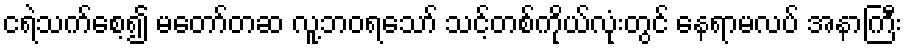
ငရဲသက်စေ့၍ မတော်တဆ လူ့ဘဝရသော် သင့်တစ်ကိုယ်လုံးတွင် နေရာမလပ် အနာကြီး